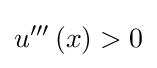
u'''\left(x\right)>0